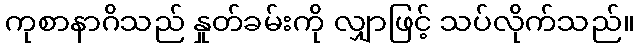
ကုစာနာဂိသည် နှုတ်ခမ်းကို လျှာဖြင့် သပ်လိုက်သည်။